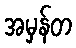
အမှန်တ